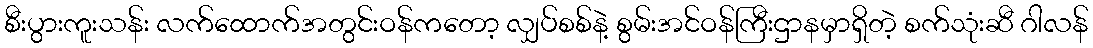
စီးပွားကူးသန်း လက်ထောက်အတွင်းဝန်ကတော့ လျှပ်စစ်နဲ့ စွမ်းအင်ဝန်ကြီးဌာနမှာရှိတဲ့ စက်သုံးဆီ ဂါလန်